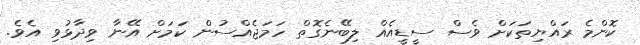
ކޮންމެ ރައްޔިތަކަށް ވެސް ސީޑީއެއް ލިބޭނެގޮތް ހަމަޖެއްސުން ކަމަށް އޭނާ ވިދާޅުވި އެވެ.